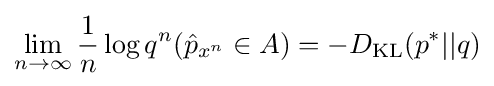
\lim _{n\to \infty }{\frac {1}{n}}\log q^{n}({\hat {p}}_{x^{n}}\in A)=-D_{\mathrm {KL} }(p^{*}||q)